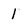
Character: 1